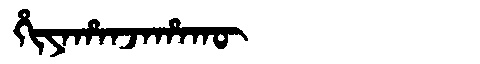
Manchu: ᡥᡳᠶᠠᡥᠠᠨᠵᠠᡥᠠᡴᡡ
Romanization: HIYAHANJAHAKŪ